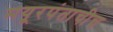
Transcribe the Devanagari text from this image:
मयूरपंताचीच